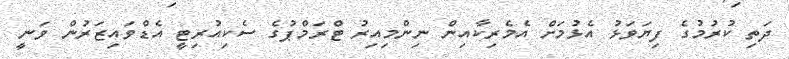
ދަތި ކުރުމުގެ ފިޔަވަޅު އެޅުމަށް އެމެރިކާއިން ނިންމިއިރު ޓްރަމްޕުގެ ސެކިއުރިޓީ އެޑްވައިޒަރުން ވަނީ